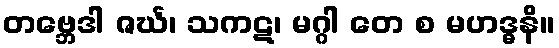
တဗ္ဘေဒါ ဇင်္ဃ၊ သကဋ၊ မဂ္ဂါ တေ စ မဟဒ္ဓနိ။